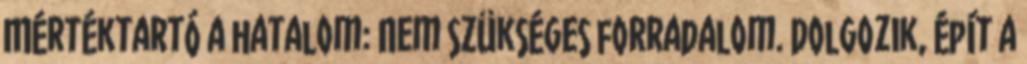
Mértéktartó a hatalom: Nem szükséges forradalom. Dolgozik, épít a